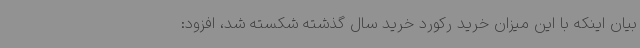
بیان اینکه با این میزان خرید رکورد خرید سال گذشته شکسته شد، افزود: